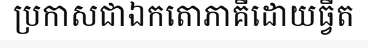
ប្រកាសជាឯកតោភាគីដោយធ្វីត